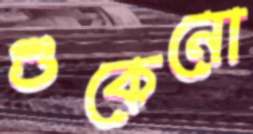
শুকেনো